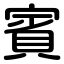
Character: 賓